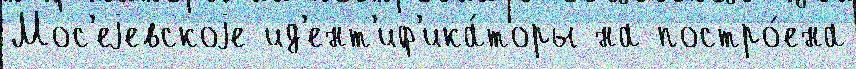
Мос'еjевскоjе ид'ент'иф'ика́торы на постро́ена